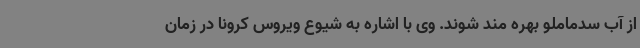
از آب سدماملو بهره مند شوند. وی با اشاره به شیوع ویروس کرونا در زمان